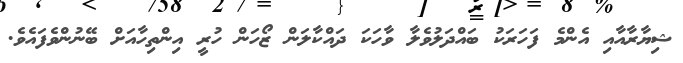
ޝިޔާރާއާއި އެންމެ ފަހަރަކު ބައްދަލުވެލާ ވާހަކަ ދައްކާލަން ޒޯހަން ހުރީ އިންތިހާއަށް ބޭނުންވެފައެވެ.